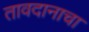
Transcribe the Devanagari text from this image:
तावदानाचा